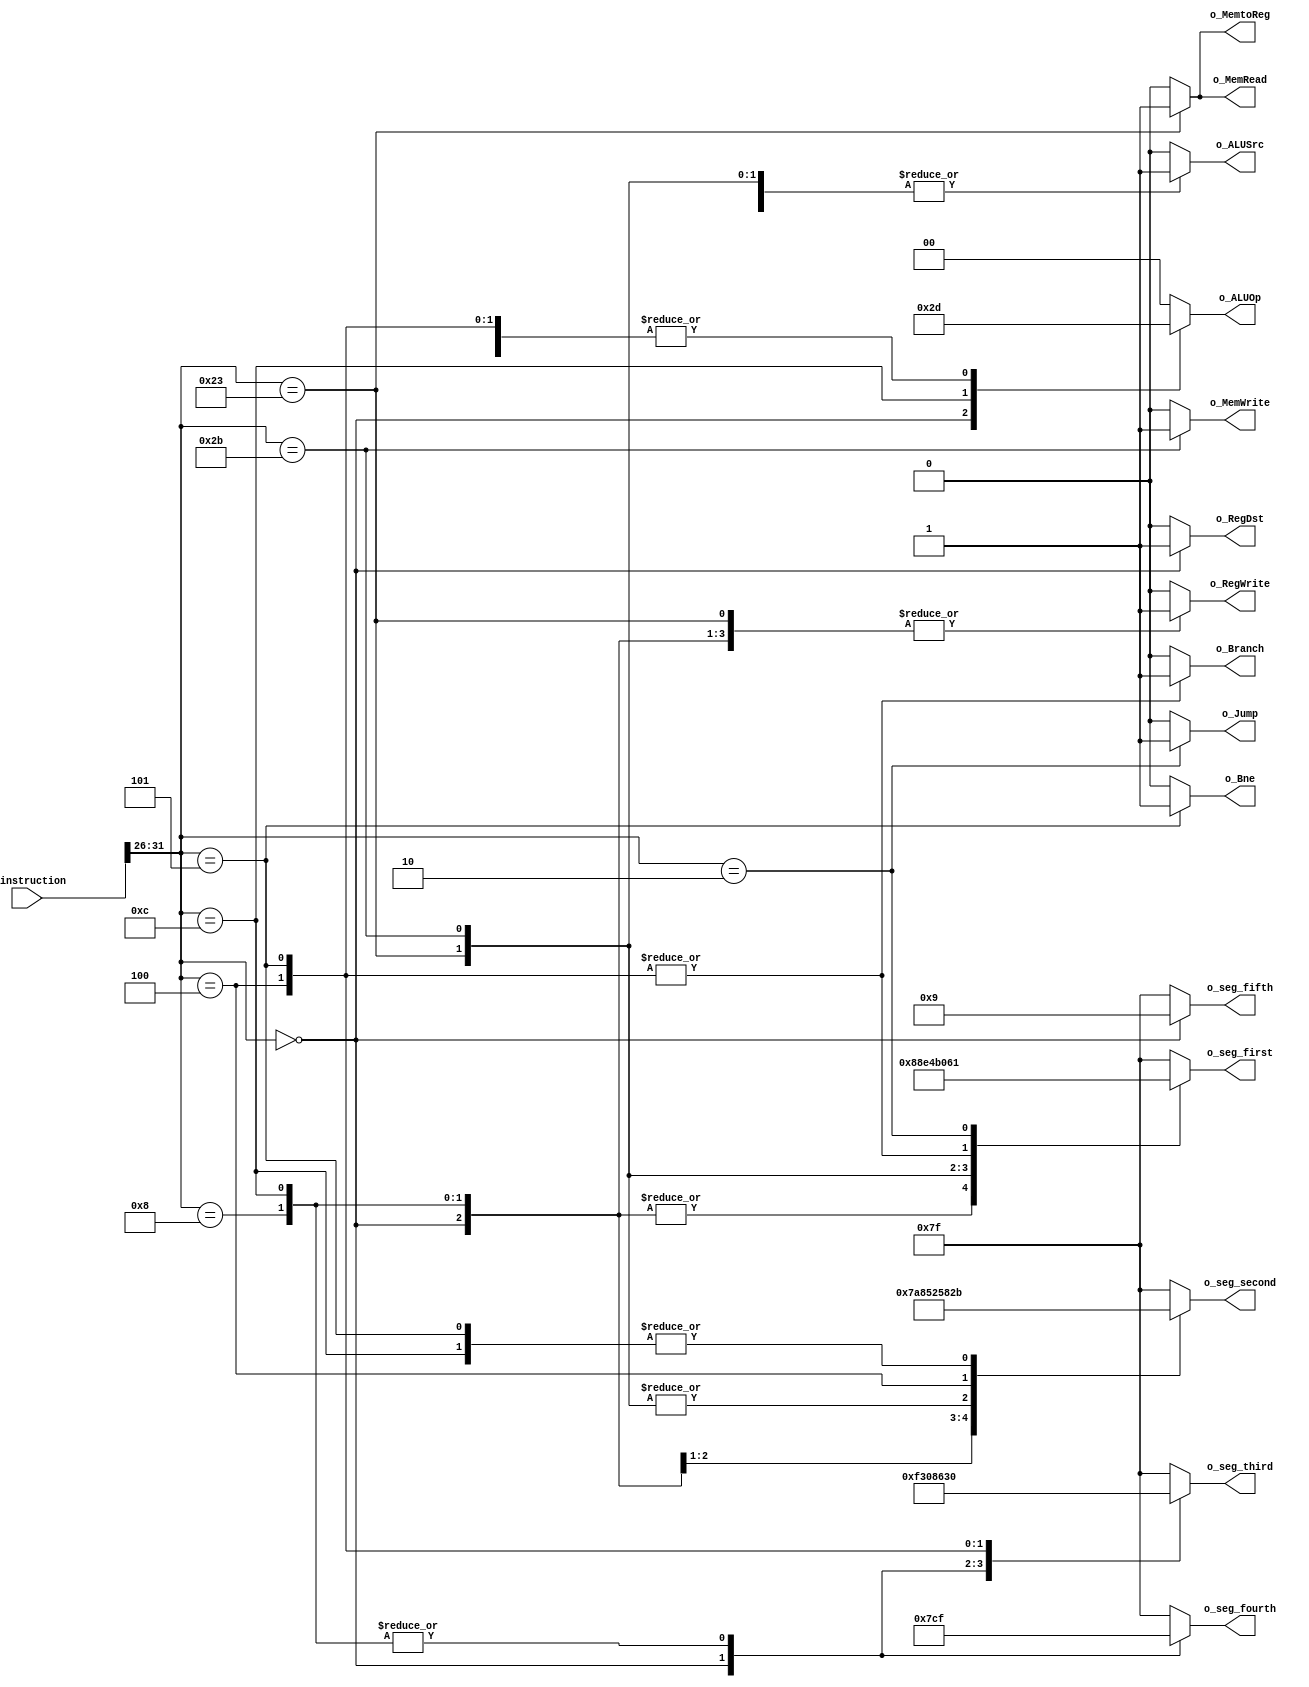
// This program was cloned from: https://github.com/conneroisu/single-cycle-mips-verilog
// License: MIT License

`timescale 1ns / 1ps
module ControlUnit (
    input [31:0] i_instruction,
    output reg o_RegDst,
    output reg o_Jump,
    output reg o_Branch,
    output reg o_Bne,
    output reg o_MemRead,
    output reg o_MemtoReg,
    output reg [1:0] o_ALUOp,
    output reg o_MemWrite,
    output reg o_ALUSrc,
    output reg o_RegWrite,
    output reg [6:0] o_seg_first,
    output reg [6:0] o_seg_second,
    output reg [6:0] o_seg_third,
    output reg [6:0] o_seg_fourth,
    output reg [6:0] o_seg_fifth
);
  initial begin
    o_RegDst = 0;
    o_Jump = 0;
    o_Branch = 0;
    o_MemRead = 0;
    o_MemtoReg = 0;
    o_ALUOp = 2'b00;
    o_MemWrite = 0;
    o_ALUSrc = 0;
    o_RegWrite = 0;
    o_seg_first = 7'b1111111;  // Blank
    o_seg_second = 7'b1111111;  // Blank
    o_seg_third = 7'b1111111;  // Blank
    o_seg_fourth = 7'b1111111;  // Blank
    o_seg_fifth = 7'b1111111;  // Blank
  end
  always @(i_instruction) begin
    case (i_instruction[31:26])
      6'b000000: begin  // ARITHMETIC
        o_RegDst = 1;
        o_ALUSrc = 0;
        o_MemtoReg = 0;
        o_RegWrite = 1;
        o_MemRead = 0;
        o_MemWrite = 0;
        o_Branch = 0;
        o_Bne = 0;
        o_ALUOp = 2'b10;
        o_Jump = 0;
        o_seg_first =  7'b0001000;  // A
        o_seg_second = 7'b1111010;  // R
        o_seg_third =  7'b1111001;  // I
        o_seg_fourth = 7'b0001111;  // T
        o_seg_fifth =  7'b0001001;  // H
      end
      6'b001000: begin  // addi
        o_RegDst = 0;
        o_ALUSrc = 1;
        o_MemtoReg = 0;
        o_RegWrite = 1;
        o_MemRead = 0;
        o_MemWrite = 0;
        o_Branch = 0;
        o_Bne = 0;
        o_ALUOp = 2'b00;
        o_Jump = 0;
        o_seg_first = 7'b0001000;  // A
        o_seg_second = 7'b1000010;  // d
        o_seg_third = 7'b1000010;  // d
        o_seg_fourth = 7'b1001111;  // i
        o_seg_fifth = 7'b1111111;  // Blank
      end
      6'b001100: begin  // andi
        o_RegDst = 0;
        o_ALUSrc = 1;
        o_MemtoReg = 0;
        o_RegWrite = 1;
        o_MemRead = 0;
        o_MemWrite = 0;
        o_Branch = 0;
        o_Bne = 0;
        o_ALUOp = 2'b11;
        o_Jump = 0;
        o_seg_first = 7'b0001000;  // A
        o_seg_second = 7'b0101011;  // n
        o_seg_third = 7'b1000010;  // d
        o_seg_fourth = 7'b1001111;  // i
        o_seg_fifth = 7'b1111111;  // Blank
      end
      6'b100011: begin  // lw
        o_RegDst = 0;
        o_ALUSrc = 1;
        o_MemtoReg = 1;
        o_RegWrite = 1;
        o_MemRead = 1;
        o_MemWrite = 0;
        o_Branch = 0;
        o_Bne = 0;
        o_ALUOp = 2'b00;
        o_Jump = 0;
        o_seg_first = 7'b1000111;  // L
        o_seg_second = 7'b1001001;  // w
        o_seg_third = 7'b1111111;  // Blank
        o_seg_fourth = 7'b1111111;  // Blank
        o_seg_fifth = 7'b1111111;  // Blank
      end
      6'b101011: begin  // sw
        o_RegDst = 0;  // X
        o_ALUSrc = 1;
        o_MemtoReg = 0;  // X
        o_RegWrite = 0;
        o_MemRead = 0;
        o_MemWrite = 1;
        o_Branch = 0;
        o_Bne = 0;
        o_ALUOp = 2'b00;
        o_Jump = 0;
        o_seg_first = 7'b0010010;  // S
        o_seg_second = 7'b1001001;  // w
        o_seg_third = 7'b1111111;  // Blank
        o_seg_fourth = 7'b1111111;  // Blank
        o_seg_fifth = 7'b1111111;  // Blank
      end
      6'b000100: begin  // beq
        o_RegDst = 0;  // X
        o_ALUSrc = 0;
        o_MemtoReg = 0;  // X
        o_RegWrite = 0;
        o_MemRead = 0;
        o_MemWrite = 0;
        o_Branch = 1;
        o_Bne = 0;
        o_ALUOp = 2'b01;
        o_Jump = 0;
        o_seg_first = 7'b1100000;  // b
        o_seg_second = 7'b0110000;  // e
        o_seg_third = 7'b0001100;  // q
        o_seg_fourth = 7'b1111111;  // Blank
        o_seg_fifth = 7'b1111111;  // Blank
      end
      6'b000101: begin  // bne
        o_RegDst = 0;  // X
        o_ALUSrc = 0;
        o_MemtoReg = 0;  // X
        o_RegWrite = 0;
        o_MemRead = 0;
        o_MemWrite = 0;
        o_Branch = 1;
        o_Bne = 1;
        o_ALUOp = 2'b01;
        o_Jump = 0;
        o_seg_first = 7'b1100000;  // b
        o_seg_second = 7'b0101011;  // n
        o_seg_third = 7'b0110000;  // e
        o_seg_fourth = 7'b1111111;  // Blank
        o_seg_fifth = 7'b1111111;  // Blank
      end
      6'b000010: begin  // j
        o_RegDst = 0;  // X
        o_ALUSrc = 0;
        o_MemtoReg = 0;  // X
        o_RegWrite = 0;
        o_MemRead = 0;
        o_MemWrite = 0;
        o_Branch = 0;
        o_Bne = 0;
        o_ALUOp = 2'b01;
        o_Jump = 1;
        o_seg_first = 7'b1100001;  // J
        o_seg_second = 7'b1111111;  // Blank
        o_seg_third = 7'b1111111;  // Blank
        o_seg_fourth = 7'b1111111;  // Blank
        o_seg_fifth = 7'b1111111;  // Blank
      end
      default: begin
        o_RegDst = 0;  // X
        o_ALUSrc = 0;
        o_MemtoReg = 0;  // X
        o_RegWrite = 0;
        o_MemRead = 0;
        o_MemWrite = 0;
        o_Branch = 0;
        o_Bne = 0;
        o_ALUOp = 2'b00;
        o_Jump = 0;
        o_seg_first = 7'b1111111;  // Blank
        o_seg_second = 7'b1111111;  // Blank
        o_seg_third = 7'b1111111;  // Blank
        o_seg_fourth = 7'b1111111;  // Blank
        o_seg_fifth = 7'b1111111;  // Blank
      end
    endcase
  end
endmodule